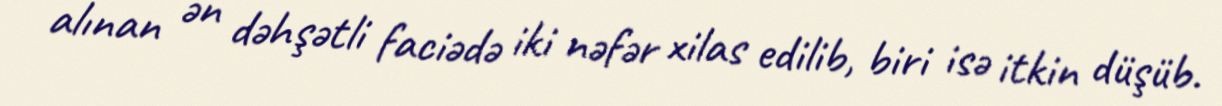
alınan ən dəhşətli faciədə iki nəfər xilas edilib, biri isə itkin düşüb.